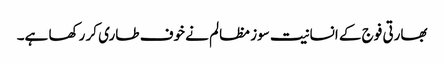
بھارتی فوج کے انسانیت سوز مظالم نے خوف طاری کر رکھا ہے۔